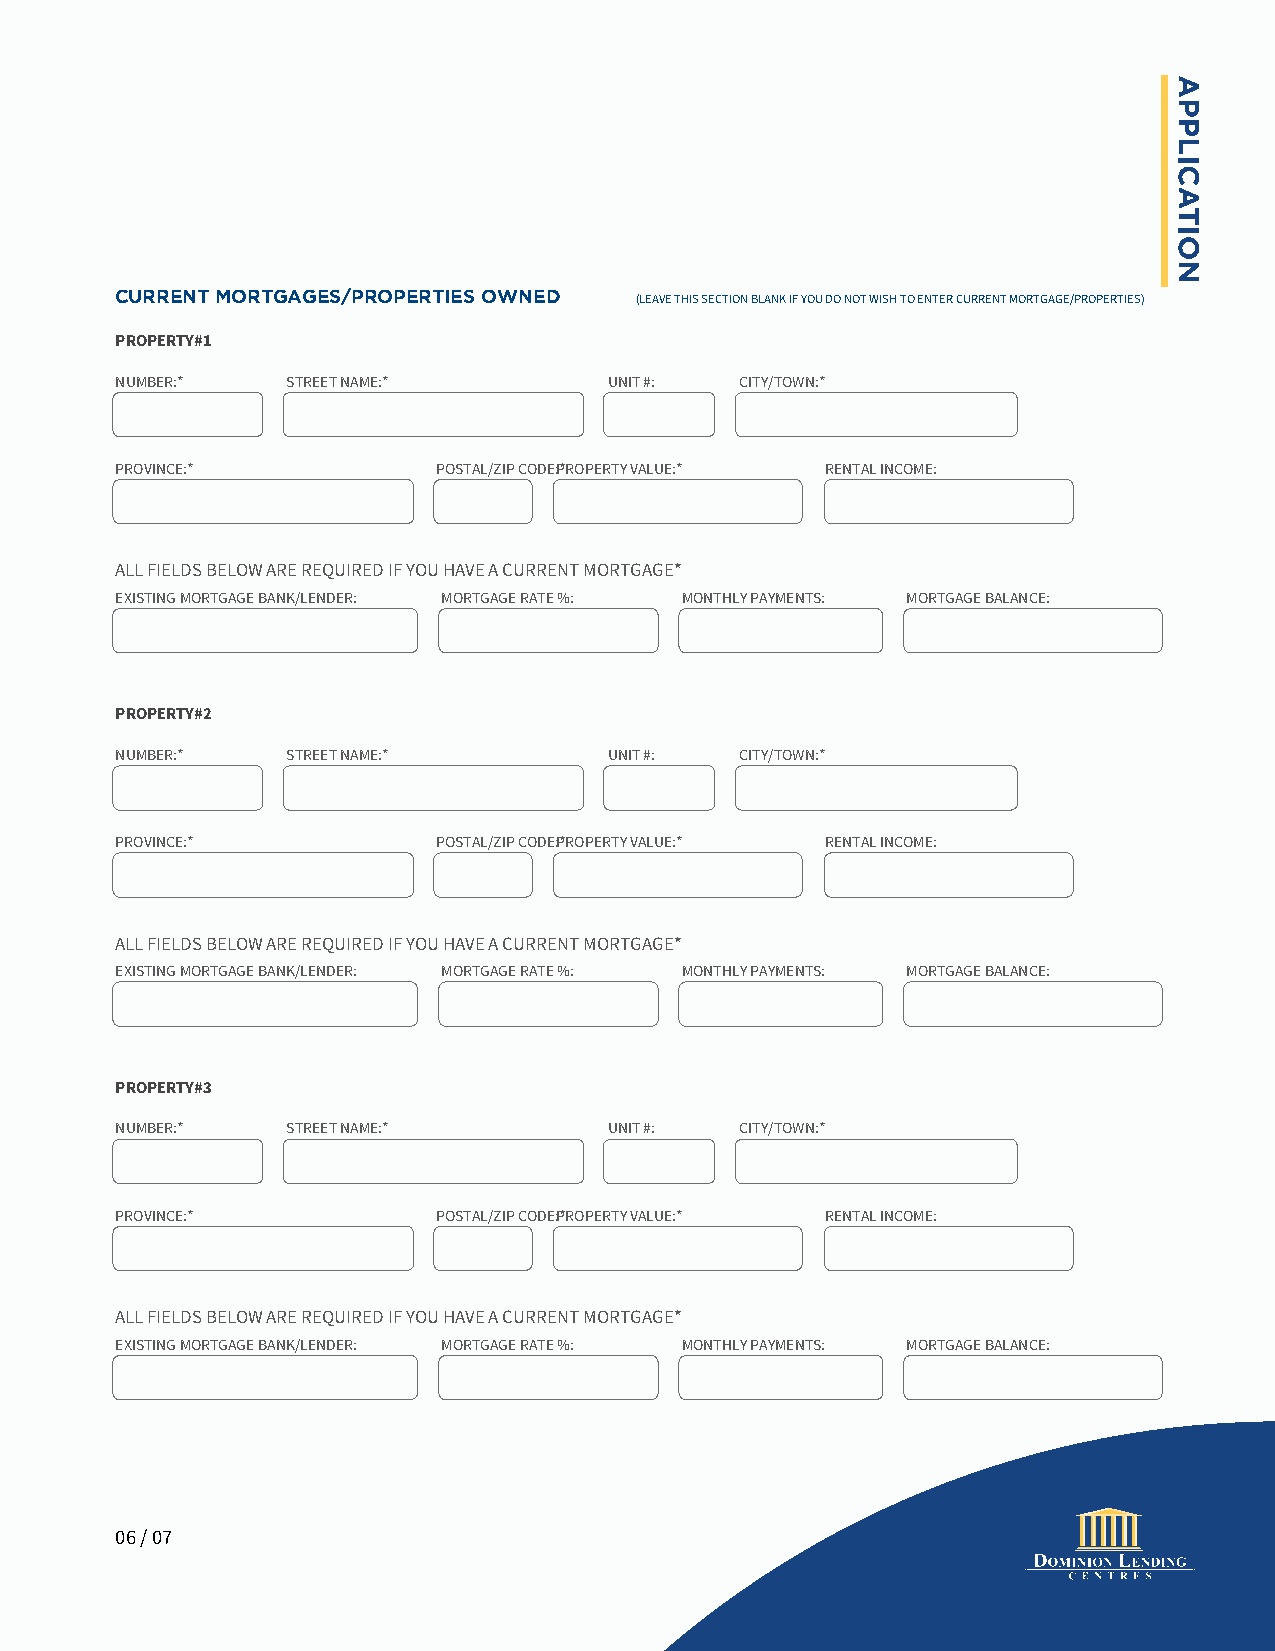
CURRENT MORTGAGES/PROPERTIES OWNED
 (LEAVE THIS SECTION BLANK IF YOU DO NOT WISH TO ENTER CURRENT MORTGAGE/PROPERTIES)
 PROPERTY#1
 NUMBER:*   STREET NAME:*        UNIT #:  CITY/TOWN:*
 PROVINCE:*           POSTAL/ZIP CODE:P*ROPERTY VALUE:* RENTAL INCOME:
 ALL FIELDS BELOW ARE REQUIRED IF YOU HAVE A CURRENT MORTGAGE*
 EXISTING MORTGAGE BANK/LENDER: MORTGAGE RATE %: MONTHLY PAYMENTS: MORTGAGE BALANCE:
 PROPERTY#2
 NUMBER:*   STREET NAME:*        UNIT #:  CITY/TOWN:*
 PROVINCE:*           POSTAL/ZIP CODE:P*ROPERTY VALUE:* RENTAL INCOME:
 ALL FIELDS BELOW ARE REQUIRED IF YOU HAVE A CURRENT MORTGAGE*
 EXISTING MORTGAGE BANK/LENDER: MORTGAGE RATE %: MONTHLY PAYMENTS: MORTGAGE BALANCE:
 PROPERTY#3
 NUMBER:*   STREET NAME:*        UNIT #:  CITY/TOWN:*
 PROVINCE:*           POSTAL/ZIP CODE:P*ROPERTY VALUE:* RENTAL INCOME:
 ALL FIELDS BELOW ARE REQUIRED IF YOU HAVE A CURRENT MORTGAGE*
 EXISTING MORTGAGE BANK/LENDER: MORTGAGE RATE %: MONTHLY PAYMENTS: MORTGAGE BALANCE:
 06 / 07